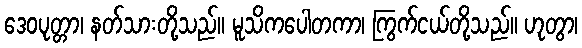
ဒေဝပုတ္တာ၊ နတ်သားတို့သည်။ မူသိကပေါတကာ၊ ကြွက်ငယ်တို့သည်။ ဟုတွာ၊